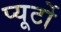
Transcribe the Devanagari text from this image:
प्‍यूर्टो